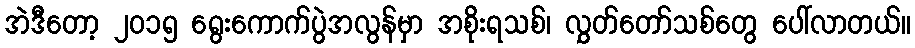
အဲဒီတော့ ၂၀၁၅ ရွေးကောက်ပွဲအလွန်မှာ အစိုးရသစ်၊ လွှတ်တော်သစ်တွေ ပေါ်လာတယ်။